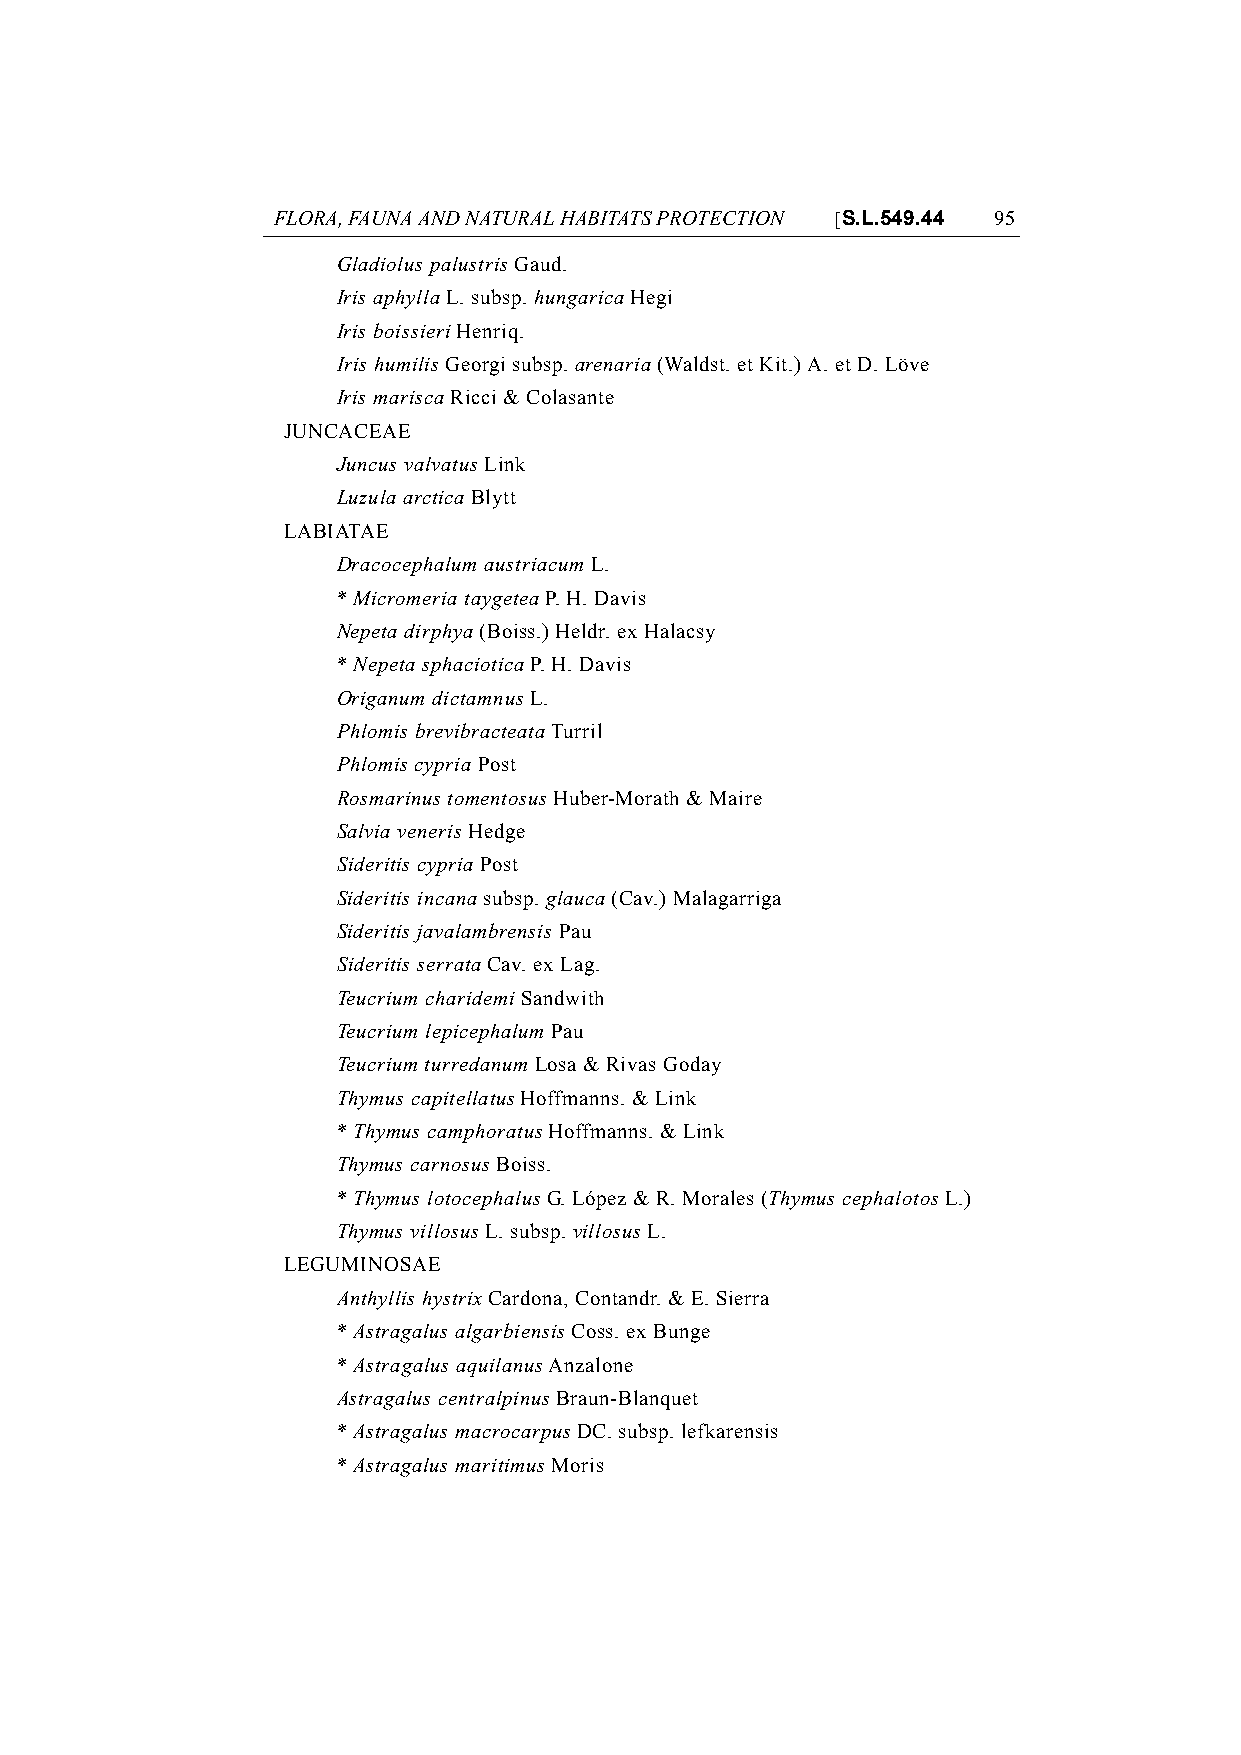
FLORA, FAUNA AND NATURAL HABITATS PROTECTION [S.L.549.44 95
 Gladiolus palustris Gaud.
 Iris aphylla L. subsp. hungarica Hegi
 Iris boissieri Henriq.
 Iris humilis Georgi subsp. arenaria (Waldst. et Kit.) A. et D. Löve
 Iris marisca Ricci & Colasante
 JUNCACEAE
 Juncus valvatus Link
 Luzula arctica Blytt
 LABIATAE
 Dracocephalum austriacum L.
 * Micromeria taygetea P. H. Davis
 Nepeta dirphya (Boiss.) Heldr. ex Halacsy
 * Nepeta sphaciotica P. H. Davis
 Origanum dictamnus L.
 Phlomis brevibracteata Turril
 Phlomis cypria Post
 Rosmarinus tomentosus Huber-Morath & Maire
 Salvia veneris Hedge
 Sideritis cypria Post
 Sideritis incana subsp. glauca (Cav.) Malagarriga
 Sideritis javalambrensis Pau
 Sideritis serrata Cav. ex Lag.
 Teucrium charidemi Sandwith
 Teucrium lepicephalum Pau
 Teucrium turredanum Losa & Rivas Goday
 Thymus capitellatus Hoffmanns. & Link
 * Thymus camphoratus Hoffmanns. & Link
 Thymus carnosus Boiss.
 * Thymus lotocephalus G. López & R. Morales (Thymus cephalotos L.)
 Thymus villosus L. subsp. villosus L.
 LEGUMINOSAE
 Anthyllis hystrix Cardona, Contandr. & E. Sierra
 * Astragalus algarbiensis Coss. ex Bunge
 * Astragalus aquilanus Anzalone
 Astragalus centralpinus Braun-Blanquet
 * Astragalus macrocarpus DC. subsp. lefkarensis
 * Astragalus maritimus Moris